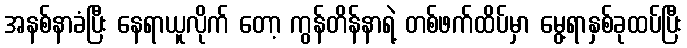
အနစ်နာခံပြီး နေရာယူလိုက် တော့ ကွန်တိန်နာရဲ့ တစ်ဖက်ထိပ်မှာ မွေ့ရာနှစ်ခုထပ်ပြီး